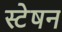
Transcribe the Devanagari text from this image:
स्टेषन